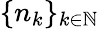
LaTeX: \{ n_{k}\} _{k\in\mathbb{N}}